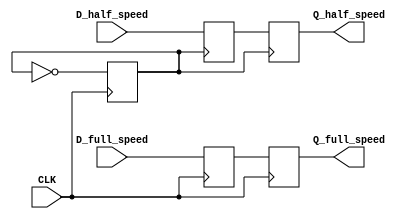
`timescale 1ns/1ps
//  This is an example RTL code to infer an internal fabric clock (divide by 2)

module fabric_clock_rtl (
  input D_full_speed,
  input D_half_speed,
  input CLK,
  output reg Q_full_speed = 1'b0,
  output reg Q_half_speed = 1'b0
);

  reg half_clk = 1'b0;
  reg q_full_speed_int = 1'b0;
  reg q_half_speed_int = 1'b0;

  always @(posedge CLK)
    half_clk <= ~half_clk;

  always @(posedge CLK) begin
    q_full_speed_int <= D_full_speed;
    Q_full_speed <= q_full_speed_int;
  end

  always @(posedge half_clk) begin
    q_half_speed_int <= D_half_speed;
    Q_half_speed <= q_half_speed_int;
  end

endmodule